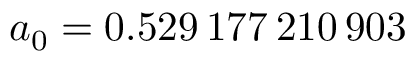
a _ { 0 } = 0 . 5 2 9 \, 1 7 7 \, 2 1 0 \, 9 0 3